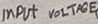
Text: INPUT VOLTAGE